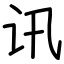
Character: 讯